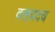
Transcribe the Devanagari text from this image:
कष्टप्रदच